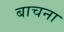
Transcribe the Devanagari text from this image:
बाचना